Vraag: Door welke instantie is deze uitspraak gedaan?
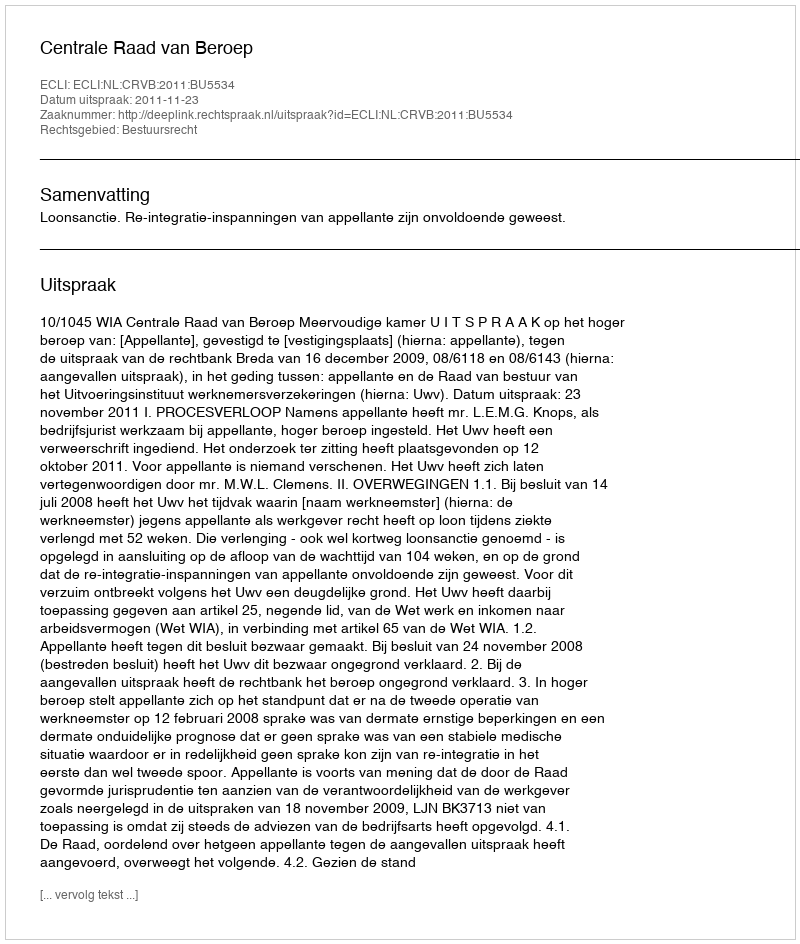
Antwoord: Centrale Raad van Beroep